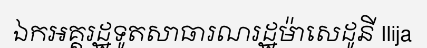
ឯកអគ្គរដ្ឋទូតសាធារណរដ្ឋម៉ាសេដូនី Ilija